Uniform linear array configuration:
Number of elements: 32
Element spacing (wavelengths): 0.5
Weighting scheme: exponential
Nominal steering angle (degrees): -60
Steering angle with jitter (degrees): -59.772
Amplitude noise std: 0.05
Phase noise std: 0.05

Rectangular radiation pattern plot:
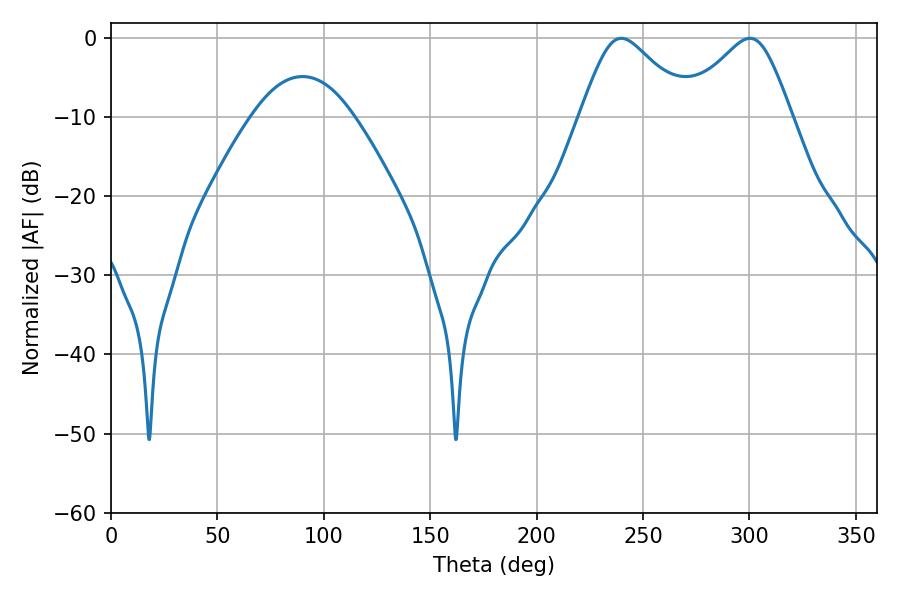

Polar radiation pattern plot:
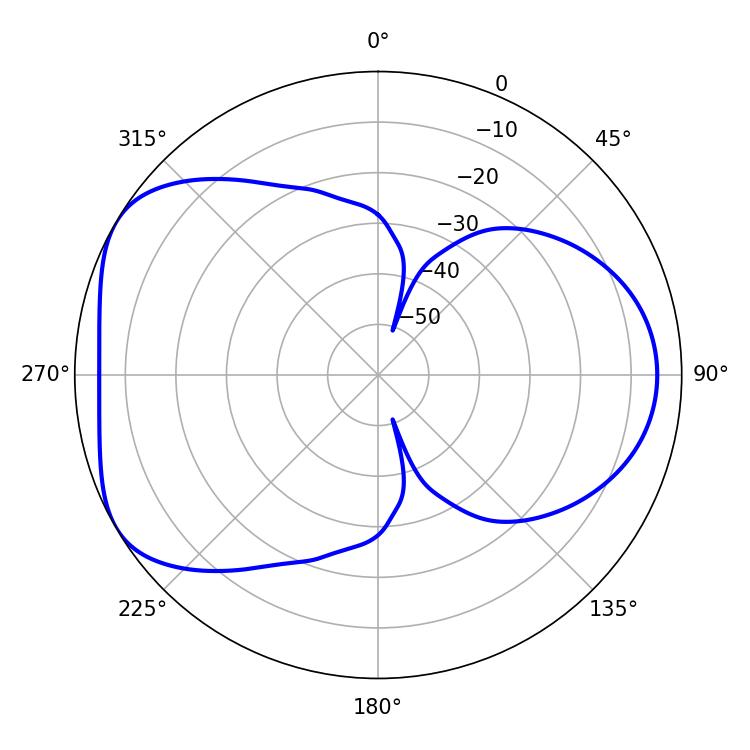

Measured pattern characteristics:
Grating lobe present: FALSE
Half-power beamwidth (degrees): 25.2
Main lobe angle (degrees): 239.76